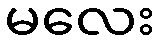
မလေး